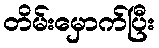
တိမ်းမှောက်ပြီး